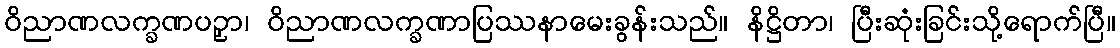
ဝိညာဏလက္ခဏပဉှာ၊ ဝိညာဏလက္ခဏာပြဿနာမေးခွန်းသည်။ နိဋ္ဌိတာ၊ ပြီးဆုံးခြင်းသို့ရောက်ပြီ။